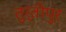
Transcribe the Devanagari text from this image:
तुर्तीपुर